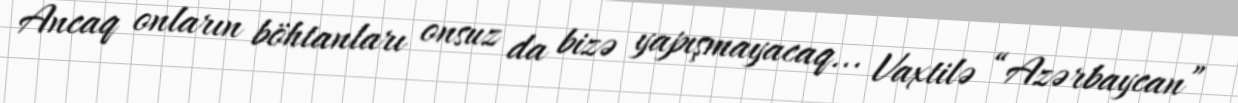
Ancaq onların böhtanları onsuz da bizə yapışmayacaq... Vaxtilə “Azərbaycan”